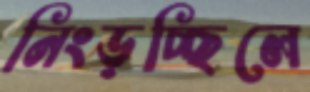
নিংড়চ্ছিলে